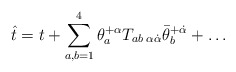
\begin{align*} \hat t = t + \sum^4_{a,b=1}\theta^{+\alpha}_aT_{ab\;\alpha\dot\alpha}\bar\theta^{+\dot\alpha}_b + \ldots\end{align*}